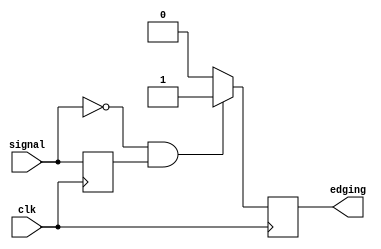
module RisingEdgeDetector (
    input wire clk,
    input wire signal,
    output reg edging
);

  reg previous_signal;

  always @(posedge clk) begin
     edging <= 0;
    if (signal == 1'b0 && previous_signal == 1'b1) begin
      edging <= 1;
    end
    previous_signal <= signal;
  end

endmodule